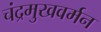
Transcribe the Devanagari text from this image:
चंद्रमुखवर्मन